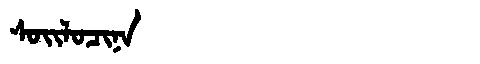
Manchu: ᠰᠣᡳᠯᠣᠴᡳᠨᠠ
Romanization: SOILOCINA